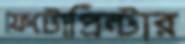
ফটোপ্রিন্টার